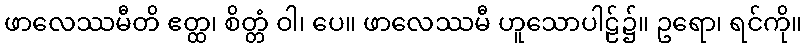
ဖာလေဿမီတိ ဧတ္ထ၊ စိတ္တံ ဝါ၊ ပေ။ ဖာလေဿမီ ဟူသောပါဠ်၌။ ဥရော၊ ရင်ကို။